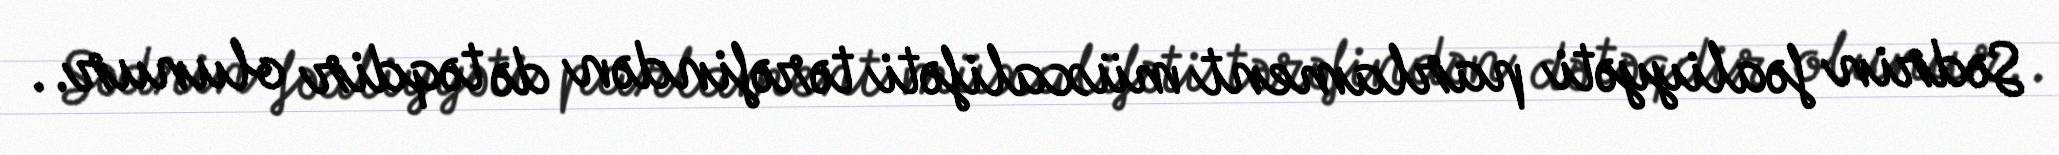
Sədrin fəaliyyəti parlament müxalifəti tərəfindən də təqdir olunur..